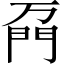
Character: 𲈦